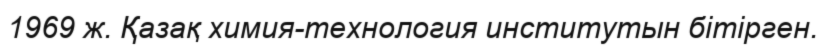
1969 ж. Қазақ химия-технология институтын бітірген.